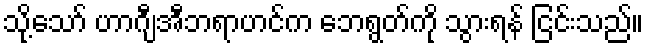
သို့သော် ဟာဂျီအီဘရာဟင်က ဘေရွတ်ကို သွားရန် ငြင်းသည်။